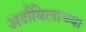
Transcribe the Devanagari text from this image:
अर्दाबिलाच्या